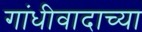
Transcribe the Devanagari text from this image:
गांधीवादाच्या